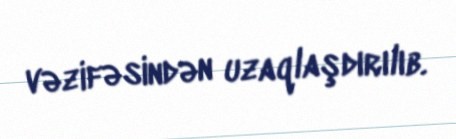
vəzifəsindən uzaqlaşdırılıb.